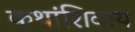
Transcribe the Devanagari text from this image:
कथांशिवाय